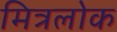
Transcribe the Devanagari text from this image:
मित्रलोक